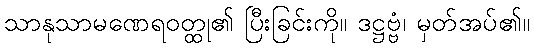
သာနုသာမဏေရဝတ္ထု၏ ပြီးခြင်းကို။ ဒဋ္ဌဗ္ဗံ၊ မှတ်အပ်၏။